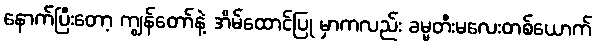
နောက်ပြီးတော့ ကျွန်တော်နဲ့ အိမ်ထောင်ပြု မှာကလည်း ခမ္မတီးမလေးတစ်ယောက်